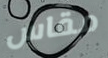
مقاس